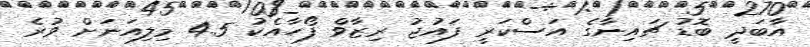
އާބަދީ ބޮޑު ޗައިނާގެ އަސްކަރީ ފައުޖު ރިޒާވް ފޯހާއެކު 4.5 މިލިއަނަށް ވުރެ